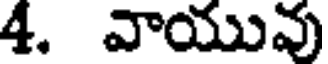
4. వాయువు